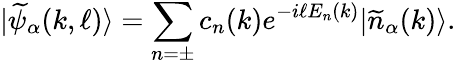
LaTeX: |\widetilde{\psi}_{\alpha}(k,\ell)\rangle=\sum_{n=\pm}c_{n}(k)e^{-i\ell E_{n}(k)}|\widetilde{n}_{\alpha}(k)\rangle.